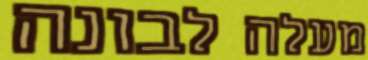
מעלה לבונה